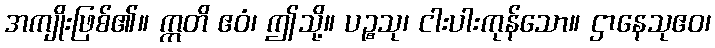
အကျိုးဖြစ်၏။ ဣတိ ဧဝံ၊ ဤသို့။ ပဉ္စသု၊ ငါးပါးကုန်သော။ ဌာနေသုဧဝ၊